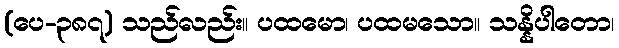
(ပေ-၃၈၇) သည်လည်း။ ပထမော၊ ပထမသော။ သန္နိပါတော၊